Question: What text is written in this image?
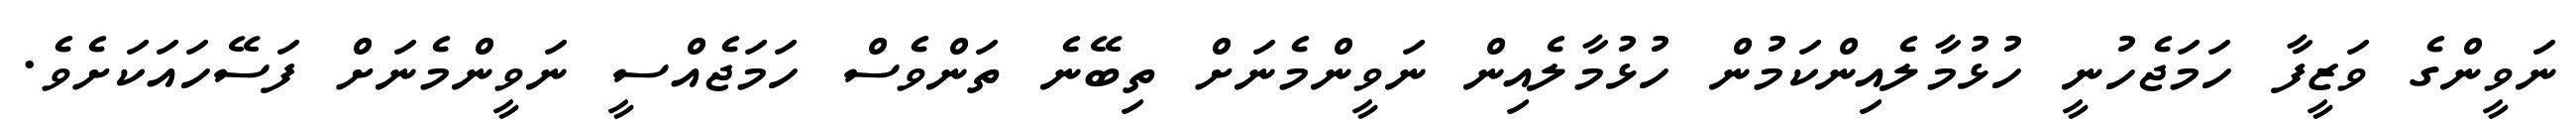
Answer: ނަވީންގެ ވަޒީފާ ހަމަޖެހުނީ ހުޅުމާލެއިންކަމުން ހުޅުމާލެއިން ނަވީންމެނަށް ތިބޭނެ ތަންވެސް ހަމަޖެއްސީ ނަވީންމެނަށް ފަސޭހައަކަށެވެ.